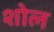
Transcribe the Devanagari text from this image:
शोल